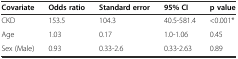
<table><thead><tr><td><b>Covariate</b></td><td><b>Odds ratio</b></td><td><b>Standard error</b></td><td><b>95% CI</b></td><td><b>p value</b></td></tr></thead><tbody><tr><td>CKD</td><td>153.5</td><td>104.3</td><td>40.5-581.4</td><td>&lt;0.001*</td></tr><tr><td>Age</td><td>1.03</td><td>0.17</td><td>1.0-1.06</td><td>0.45</td></tr><tr><td>Sex (Male)</td><td>0.93</td><td>0.33-2.6</td><td>0.33-2.63</td><td>0.89</td></tr></tbody></table>